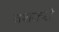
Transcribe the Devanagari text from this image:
वंशकरो